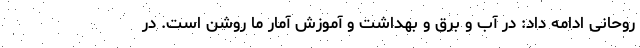
روحانی ادامه داد: در آب و برق و بهداشت و آموزش آمار ما روشن است. در